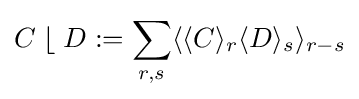
C\;\lfloor \;D:=\sum _{r,s}\langle \langle C\rangle _{r}\langle D\rangle _{s}\rangle _{r-s}